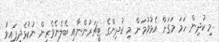
މި ކުދިން ހަމަ މަގަށް އެޅުވުމަށް މި ކުދިންގެ ޓީޗަރުުންނާއި ބެލެނެވެރިން ނުކުޅެދިފައިވާ